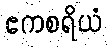
ဧကစရိယံ